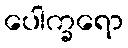
ပေါက္ခရော